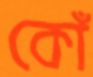
কোঁ